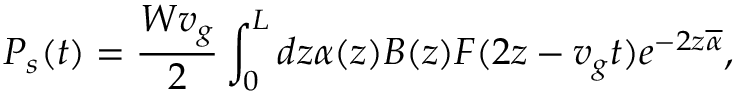
P _ { s } ( t ) = \frac { W v _ { g } } { 2 } \int _ { 0 } ^ { L } d z \alpha ( z ) B ( z ) F ( 2 z - v _ { g } t ) e ^ { - 2 z \overline { { \alpha } } } ,